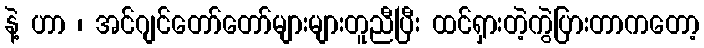
နဲ့ ဟာ ၊ အင်ဂျင်တော်တော်များများတူညီပြီး ထင်ရှားတဲ့ကွဲပြားတာကတော့